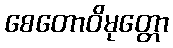
စေတောဝိမုတ္တော